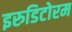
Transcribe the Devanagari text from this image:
इरुडिटोरम